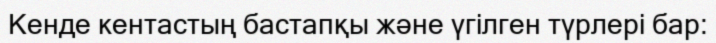
Кенде кентастың бастапқы және үгілген түрлері бар: